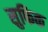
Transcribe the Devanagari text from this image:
सुफिक